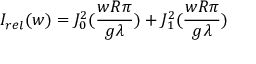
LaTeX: I _ { r e l } ( w ) = J _ { 0 } ^ { 2 } ( { \frac { w R \pi } { g \lambda } } ) + J _ { 1 } ^ { 2 } ( { \frac { w R \pi } { g \lambda } } )